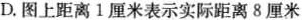
D.图上距离1厘米表示实际距离8厘米